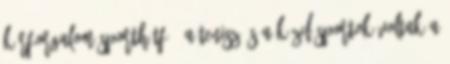
körforgalom Sporthétfő: A tenisz és a küzdősportok voltak a